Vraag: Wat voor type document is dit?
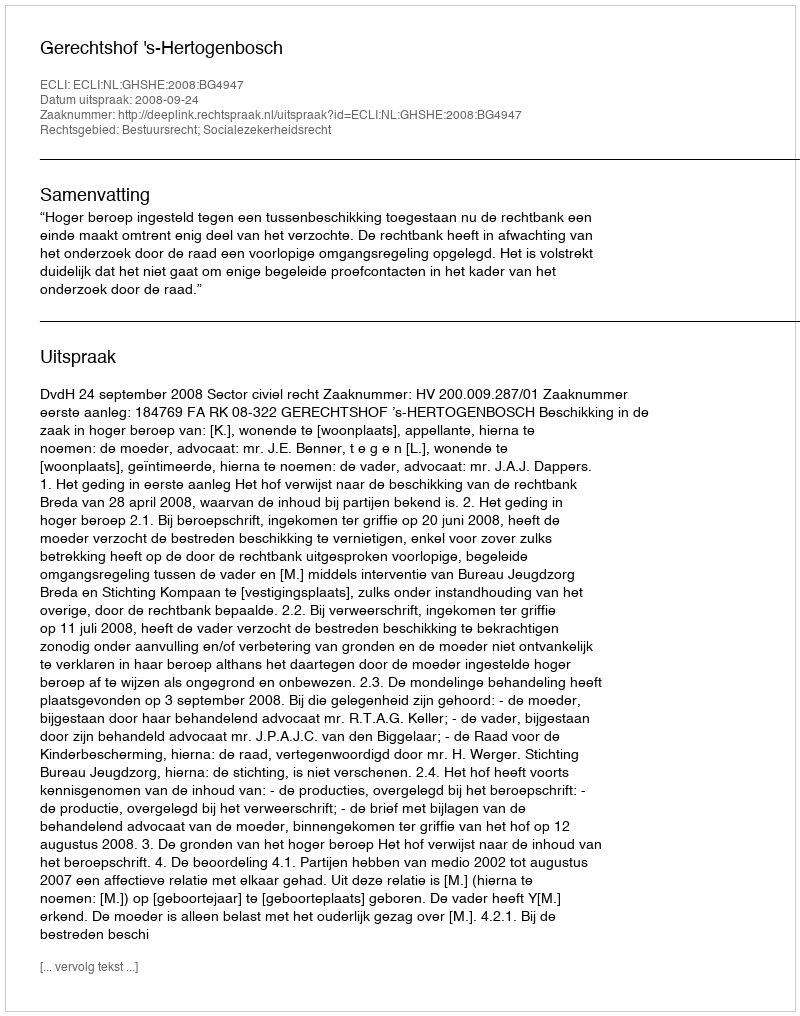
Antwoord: Uitspraak